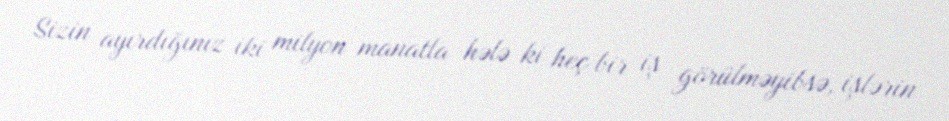
Sizin ayırdığınız iki milyon manatla hələ ki heç bir iş görülməyibsə, işlərin